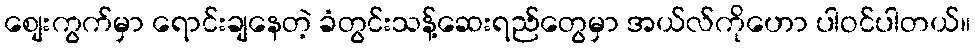
စျေးကွက်မှာ ရောင်းချနေတဲ့ ခံတွင်းသန့်ဆေးရည်တွေမှာ အယ်လ်ကိုဟော ပါဝင်ပါတယ်။